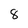
Character: 8